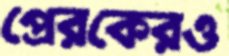
প্রেরকেরও